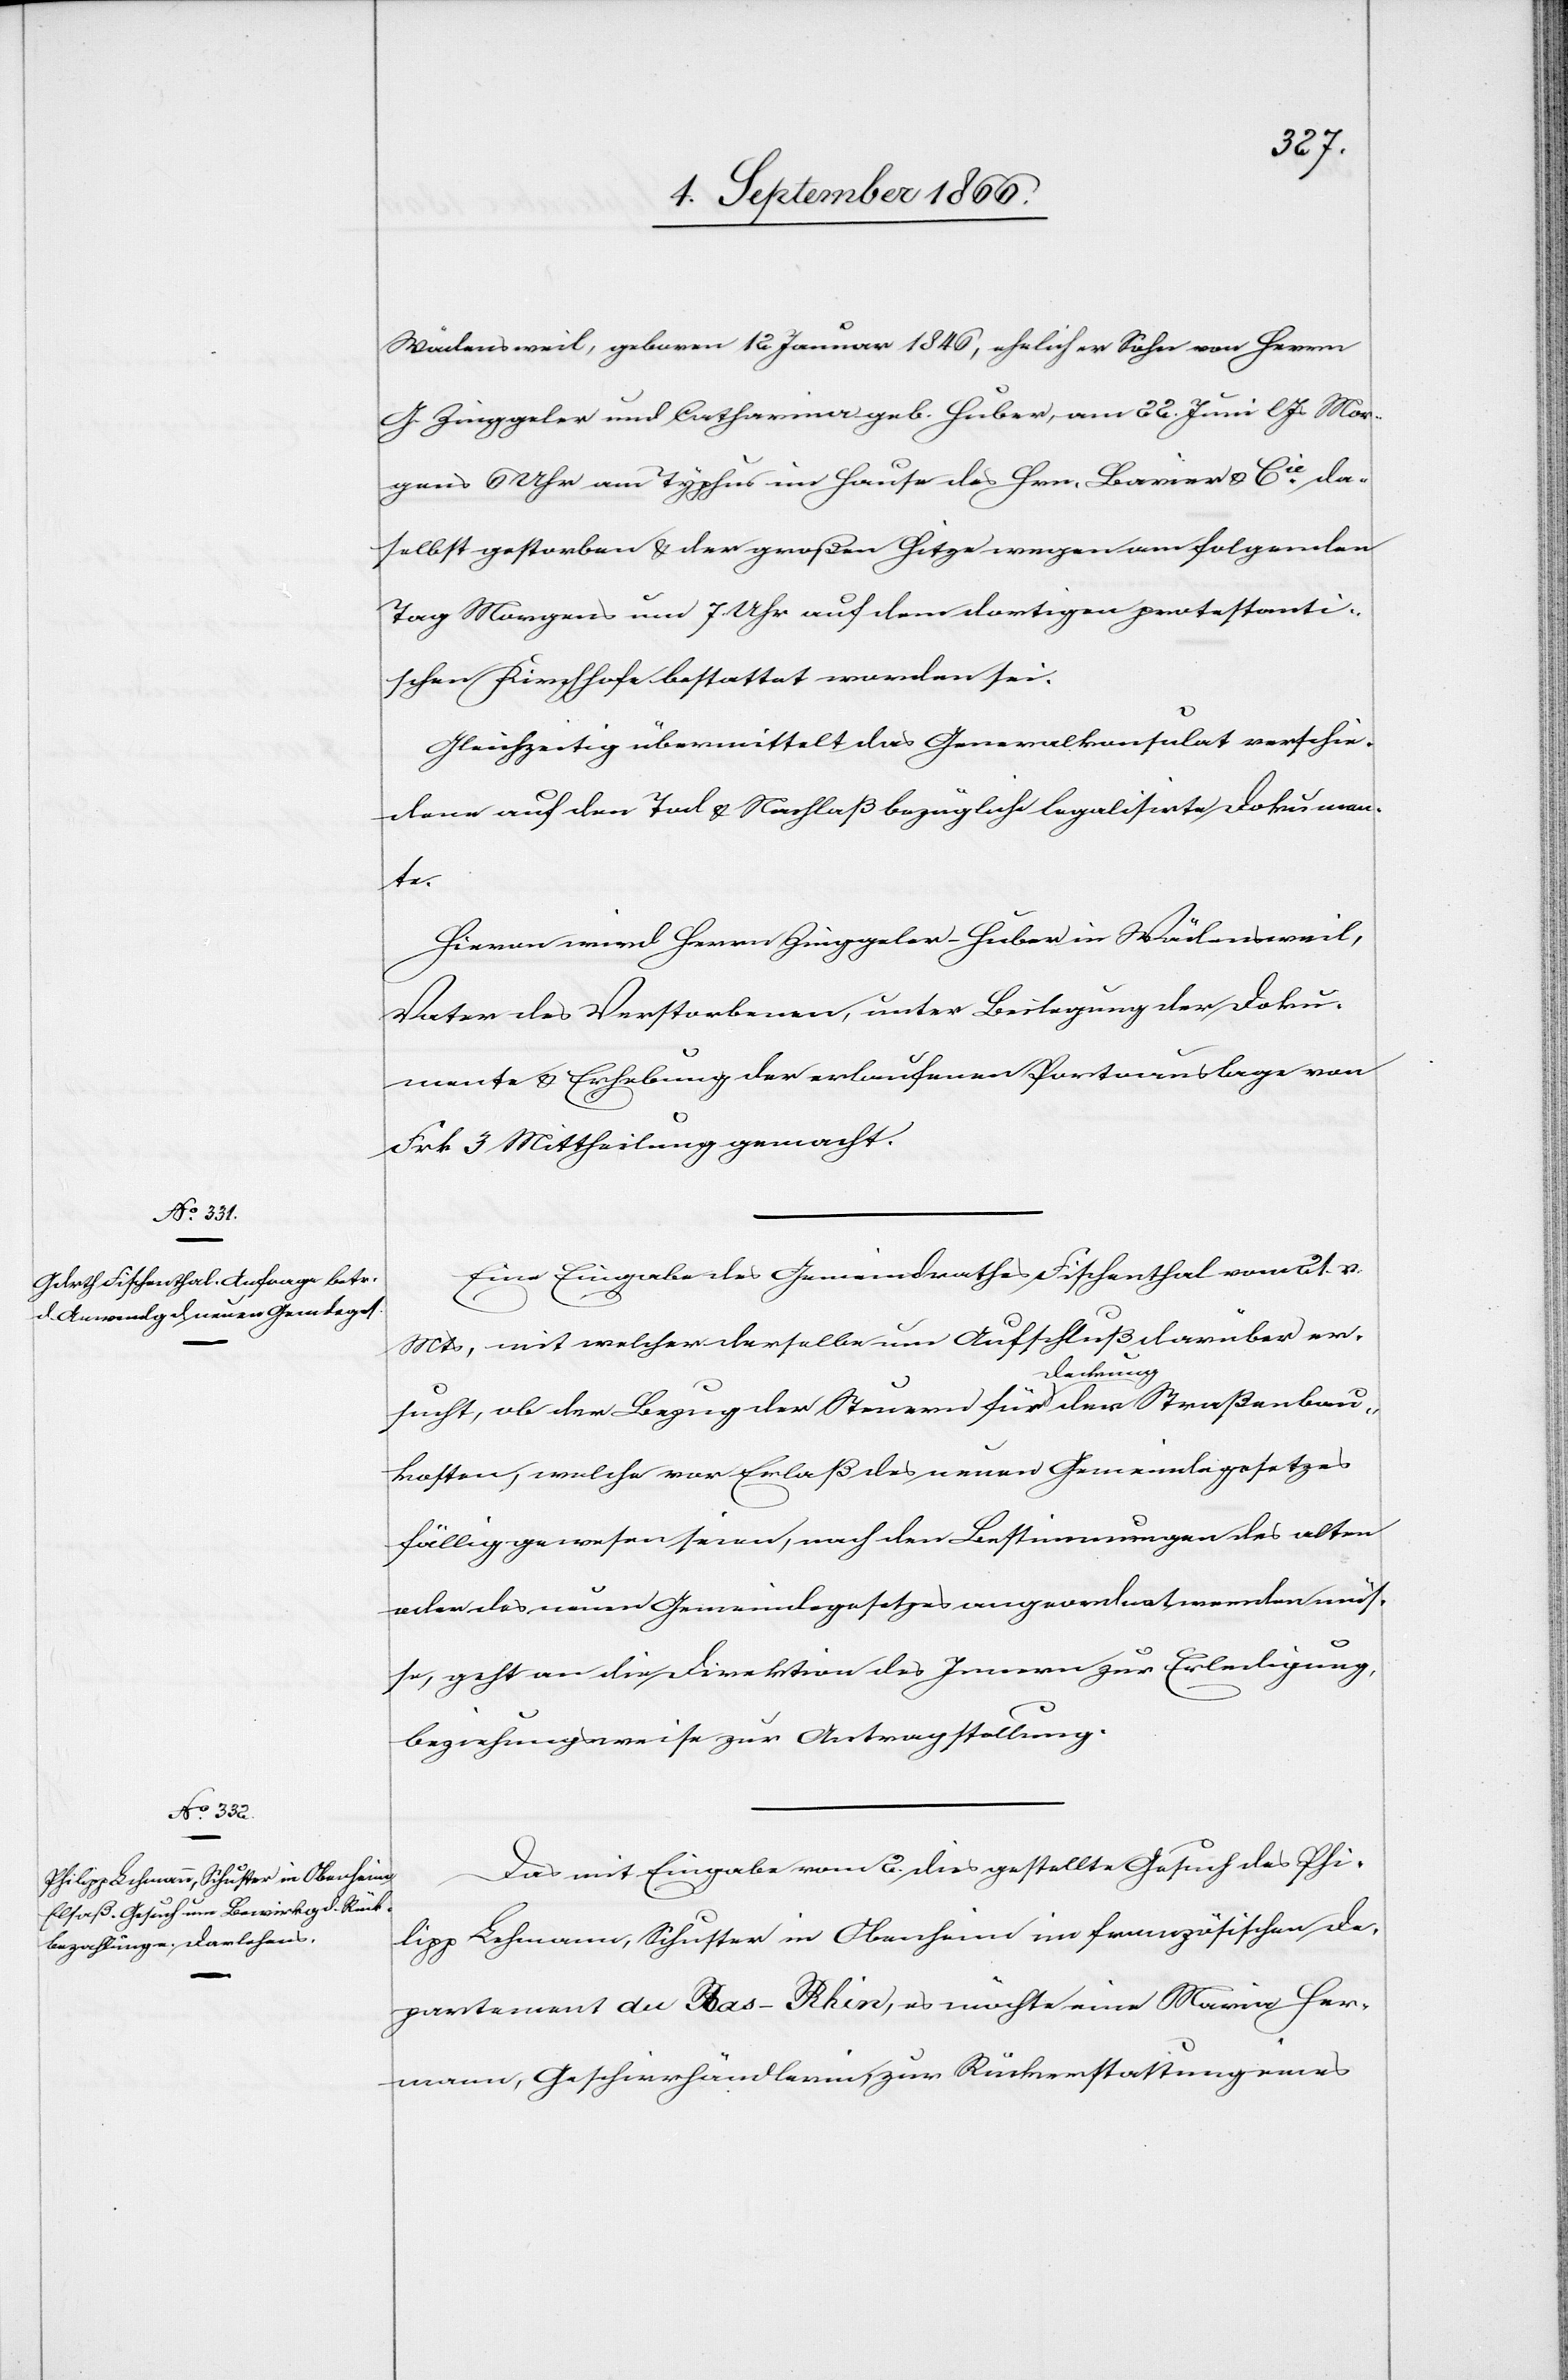
von

5. September 1866.]
J. Zinggeler und Catharina geb. Huber, am 22. Juni lJs. Mor¬
gens 6 Uhr am Typhus im Hause des Hrn. Bavier & Cie. da¬
selbst gestorben u. der großen Hitze wegen am folgenden
Tag Morgens um 7 Uhr auf dem dortigen protestanti¬
schen Kirchhofe bestattet worden sei.
Gleichzeitig übermittelt das Generalkonsulat verschie¬
dene auf den Tod u. Nachlaß bezügliche legalisirte Dokumen¬
te.
Hievon wird Herrn Zinggeler-Huber in Wädensweil,
Vater des Verstorbenen, unter Beilegung der Doku¬
mente u. Erhebung der erlaufenen Portoausgaben von
Frk. 3 Mittheilung gemacht.
Eine Eingabe des Gemeindrathes Fischenthal vom 21. v.
Mts., mit welcher derselbe um Aufschluß darüber er¬
sucht, ob der Bezug der Steuern für Deckung der Straßenbau¬
kosten, welche vor Erlaß des neuen Gemeindegesetzes
fällig gewesen seien, nach den Bestimmungen des alten
oder des neuen Gemeindegesetzes angeordnet werden müs¬
sen, geht an die Direktion des Innern zur Erledigung,
beziehungsweise zur Antragstellung.
Das mit Eingabe vom 2. dies gestellte Gesuch des Phi¬
lipp Lehmann, Schuster in Oberheim im französischen De¬
partement du Bas-Rhin, es möchte eine Maria Her¬
mann, Geschierhändlerin, zur Rückerstattung eines